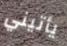
يأتيني